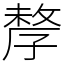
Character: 孷